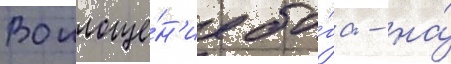
Воплоще́н'ие бо́га - на́